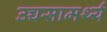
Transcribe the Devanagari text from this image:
उच्चसामर्थ्य